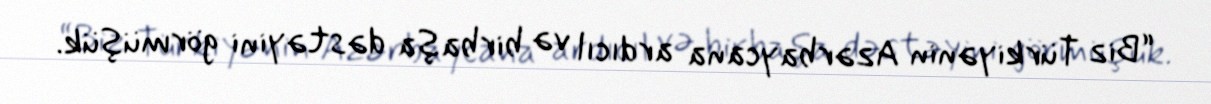
“Biz Türkiyənin Azərbaycana ardıcıl və birbaşa dəstəyini görmüşük.